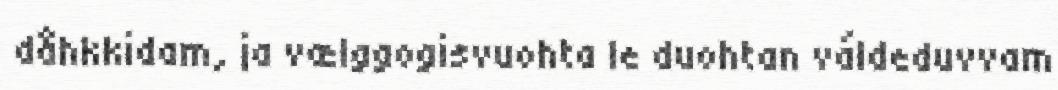
dåhkkidam, ja vælggogisvuohta le duohtan váldeduvvam